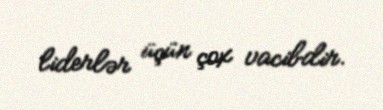
liderlər üçün çox vacibdir.